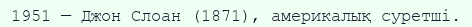
1951 — Джон Слоан (1871), америкалық суретші.